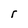
Character: r